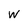
Character: w